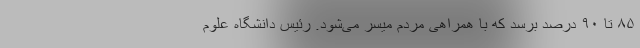
۸۵ تا ۹۰ درصد برسد که با همراهی مردم میسر می‌شود. رئیس دانشگاه علوم